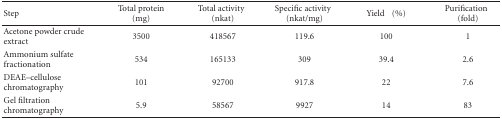
<table><thead><tr><td><b>Step</b></td><td><b>Total protein (mg)</b></td><td><b>Total activity(nkat)</b></td><td><b>Specific activity(nkat/mg)</b></td><td><b>Yield(%)</b></td><td><b>Purification(fold)</b></td></tr></thead><tbody><tr><td>Acetone powder crude extract</td><td>3500</td><td>418567</td><td>119.6</td><td>100</td><td>1</td></tr><tr><td>Ammonium sulfate fractionation</td><td>534</td><td>165133</td><td>309</td><td>39.4</td><td>2.6</td></tr><tr><td>DEAE–cellulose chromatography</td><td>101</td><td>92700</td><td>917.8</td><td>22</td><td>7.6</td></tr><tr><td>Gel filtration chromatography</td><td>5.9</td><td>58567</td><td>9927</td><td>14</td><td>83</td></tr></tbody></table>